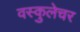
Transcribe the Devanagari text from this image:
वस्कुलेचर